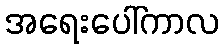
အရေးပေါ်ကာလ